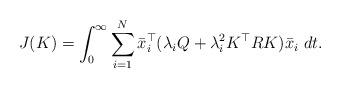
LaTeX: \begin{align*}{J}(K) = \int_{0}^{\infty}\sum_{i=1}^{N} \bar{x}_i^{\top} (\lambda_i Q + \lambda_i^2 K^{\top} R K) \bar{x}_i\ dt.\end{align*}